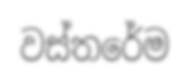
වස්තරේම